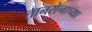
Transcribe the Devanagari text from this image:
तानसेनाच्या